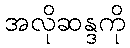
အလိုဆန္ဒကို